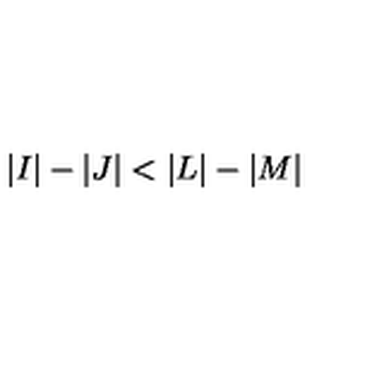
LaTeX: \vert I \vert - \vert J \vert < \vert L \vert - \vert M \vert